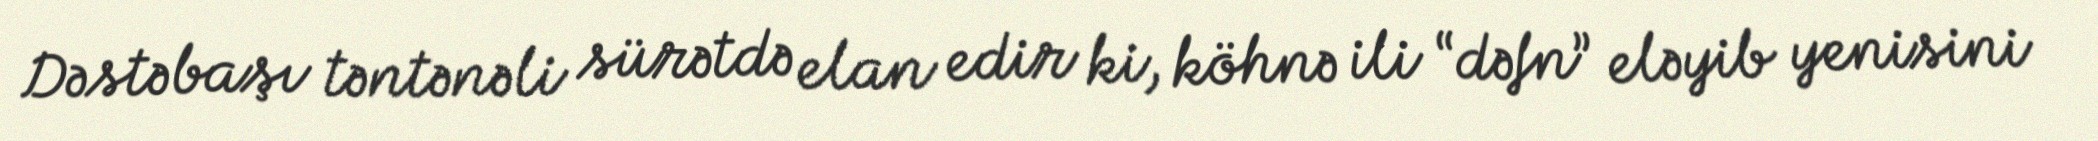
Dəstəbaşı təntənəli sürətdə elan edir ki, köhnə ili “dəfn” eləyib yenisini